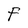
Character: F